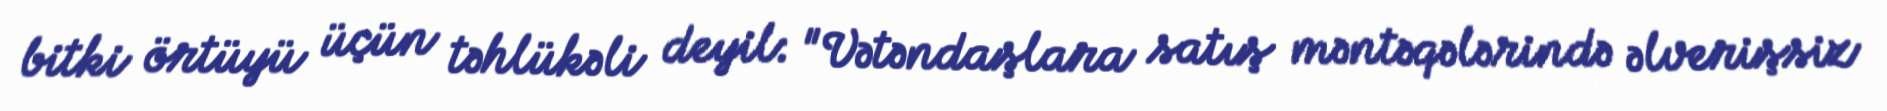
bitki örtüyü üçün təhlükəli deyil: "Vətəndaşlara satış məntəqələrində əlverişsiz